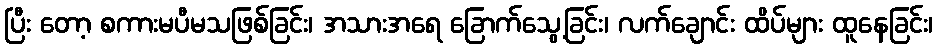
ပြီး တော့ စကားမပီမသဖြစ်ခြင်း၊ အသားအရေ ခြောက်သွေ့ခြင်း၊ လက်ချောင်း ထိပ်များ ထူနေခြင်း၊